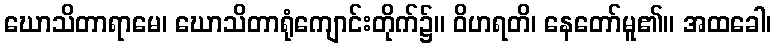
ဃောသိတာရာမေ၊ ဃောသိတာရုံကျောင်းတိုက်၌။ ဝိဟရတိ၊ နေတော်မူ၏။ အထခေါ၊